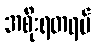
အစိုးရတရပ်